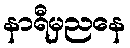
နာရီမှညနေ